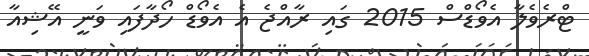
ޓްރެވެލާ އެވޯޑްސް 2015 ގައި ރާއްޖެ އެ އެވޯޑް ހޯދާފައި ވަނީ އޭޝިއާ